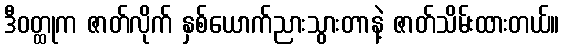
ဒီဝတ္ထုက ဇာတ်လိုက် နှစ်ယောက်ညားသွားတာနဲ့ ဇာတ်သိမ်းထားတယ်။